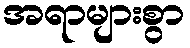
အရာများစွာ